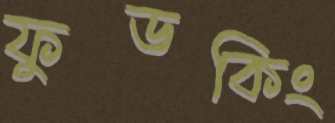
ফুডকিং